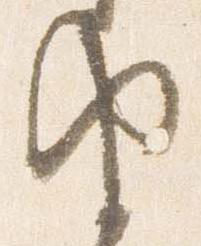
由